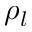
\rho _ { l }